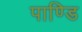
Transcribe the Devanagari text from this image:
पाण्डि